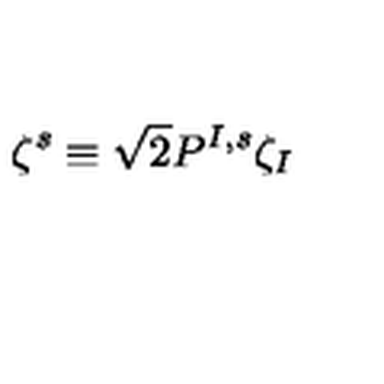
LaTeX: \zeta ^ { s } \equiv { \sqrt { 2 } } P ^ { I , s } \zeta _ { I }